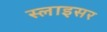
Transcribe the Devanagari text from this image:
स्लाइसर